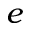
e